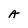
Character: a